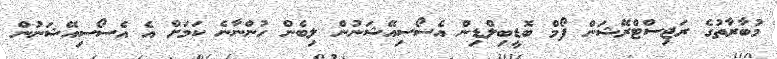
މުބާރާތުގެ ރަޖިސްޓްރޭޝަން ފޯމް ބޮޑީބިލްޑިން އެސޯސިއޭޝަނުން ލިބެން ހުންނާނެ ކަމަށް އެ އެސޯސިއޭޝަނުން